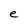
Character: e